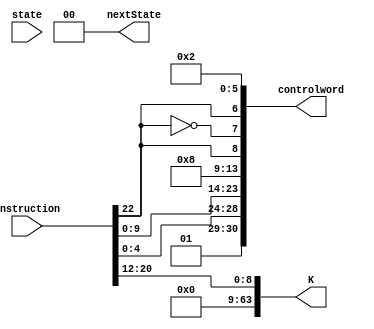
module D (instruction, state, controlword, nextState, K);
	output [30:0] controlword;
	output [1:0] nextState; 
	output [63:0] K;
	input [31:0] instruction;  
	input [1:0] state; 
	
	wire [1:0] Psel;
   wire [4:0] DA, SA, SB, Fsel;
	wire regW, ramW, EN_MEM, EN_ALU, EN_B, EN_PC, Bsel, PCsel, SL; 
	
	assign Psel = 2'b01; 
	assign DA = instruction [4:0];
	assign SA = instruction [9:5];  
	assign SB = instruction [4:0]; 
	assign Fsel = 5'b01000;  
	assign regW = instruction [22]; 
	assign ramW = ~instruction [22]; 
	assign EN_MEM = instruction [22]; 
	assign EN_ALU = 1'b0; //?
	assign EN_B = 1'b0;   //?
	assign EN_PC = 1'b0; 
	assign Bsel = 1'b0; // dont care  
	assign PCsel = 1'b1; // output SA
	assign SL = 1'b0;  
	
   assign K = {{55 {1'b0}}, instruction [20:12]}; // this is for the 9 bit immediate 
	assign controlword = {Psel, DA, SA, SB, Fsel, regW, ramW, EN_MEM, EN_ALU, EN_B, EN_PC, Bsel, PCsel, SL};
	
	assign nextState = 2'b00;  
	
endmodule